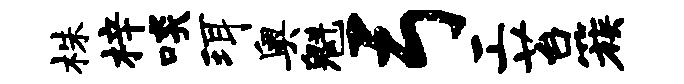
株梓啖珥奥魁弓工苔簇